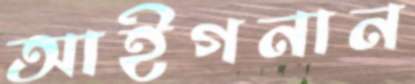
আইগনান